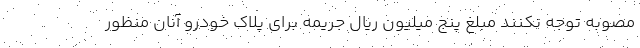
مصوبه توجه نکنند مبلغ پنج میلیون ریال جریمه برای پلاک خودرو آنان منظور